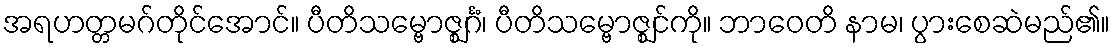
အရဟတ္တမဂ်တိုင်အောင်။ ပီတိသမ္ဗောဇ္ဈင်္ဂံ၊ ပီတိသမ္ဗောဇ္ဈင်ကို။ ဘာဝေတိ နာမ၊ ပွားစေဆဲမည်၏။